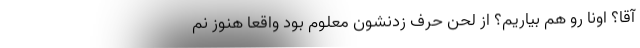
آقا؟ اونا رو هم بياريم؟ از لحن حرف زدنشون معلوم بود واقعا هنوز نم